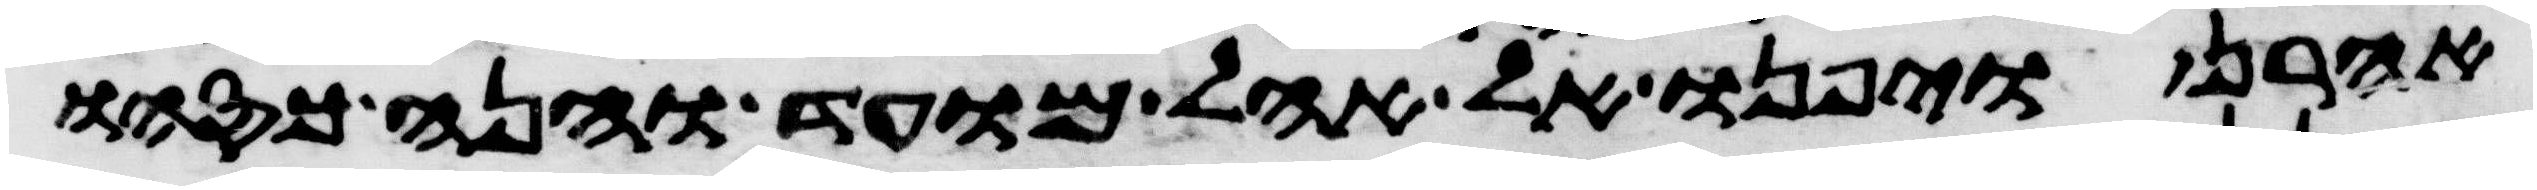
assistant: אהרן ויפנו אל אהל מועד והנה כסהו